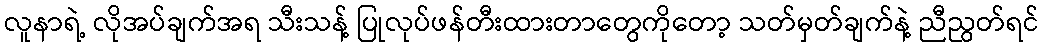
လူနာရဲ့ လိုအပ်ချက်အရ သီးသန့် ပြုလုပ်ဖန်တီးထားတာတွေကိုတော့ သတ်မှတ်ချက်နဲ့ ညီညွတ်ရင်